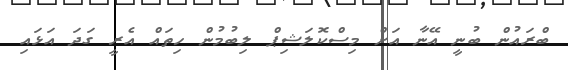
ބްރައުން ބުނީ އޭނާ އަށް މިސްކޮލަޝިޕް ލިބުމުން ހިތައް އެރީ ގަދަ އަޅައި